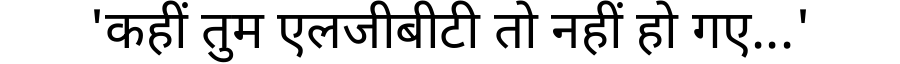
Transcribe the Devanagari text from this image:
'कहीं तुम एलजीबीटी तो नहीं हो गए...'